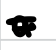
Text: a
Cross-out: mix
Writing tool: digital_black